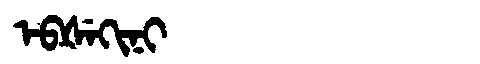
Manchu: ᡝᠪᡧᡝᡴᡳᠨᡳ
Romanization: EBŠEKINI